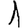
Digit: 1